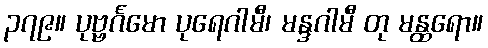
၃၇၉။ ပုဗ္ဗင်္ဂမော ပုရေဂါမီ၊ မန္ဒဂါမီ တု မန္ထရော။